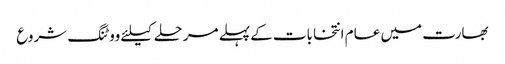
بھارت میں عام انتخابات کے پہلے مرحلے کیلئے ووٹنگ شروع